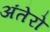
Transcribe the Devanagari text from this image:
अंतेरो